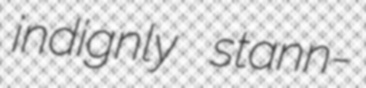
indignly stann-